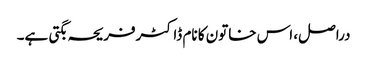
دراصل، اس خاتون کا نام ڈاکٹرفریحہ بگتی ہے۔